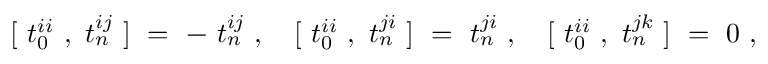
[ ~ t _ { 0 } ^ { i i } ~ , ~ t _ { n } ^ { i j } ~ ] ~ = ~ - ~ t _ { n } ^ { i j } ~ , ~ ~ ~ [ ~ t _ { 0 } ^ { i i } ~ , ~ t _ { n } ^ { j i } ~ ] ~ = ~ t _ { n } ^ { j i } ~ , ~ ~ ~ [ ~ t _ { 0 } ^ { i i } ~ , ~ t _ { n } ^ { j k } ~ ] ~ = ~ 0 ~ ,